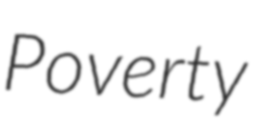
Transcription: Poverty